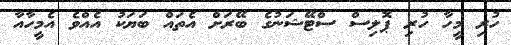
ހުރި މީހާ ހުރި ޕޮލިސް ސްޓޭޝަނުގެ ބޭރަށް އެތައް ބަޔަކު އެއްވެ އެމީހާއާ